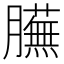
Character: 𦢲